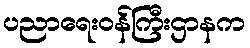
ပညာရေးဝန်ကြီးဌာနက